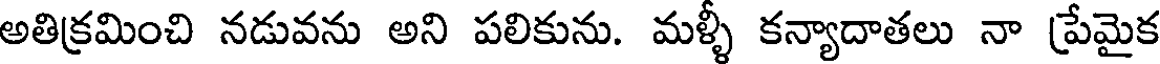
అతిక్రమించి నడువను అని పలికును. మళ్ళీ కన్యాదాతలు నా ప్రేమైక